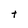
Character: t